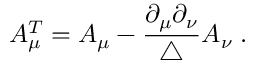
A _ { \mu } ^ { T } = A _ { \mu } - \frac { \partial _ { \mu } \partial _ { \nu } } { \triangle } A _ { \nu } \; .